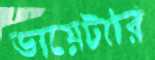
ডায়েটারি